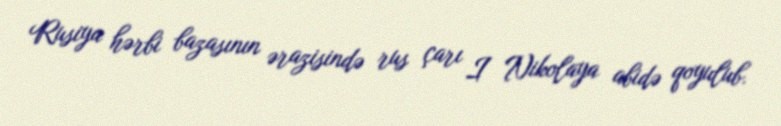
Rusiya hərbi bazasının ərazisində rus çarı I Nikolaya abidə qoyulub.